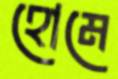
হোমে